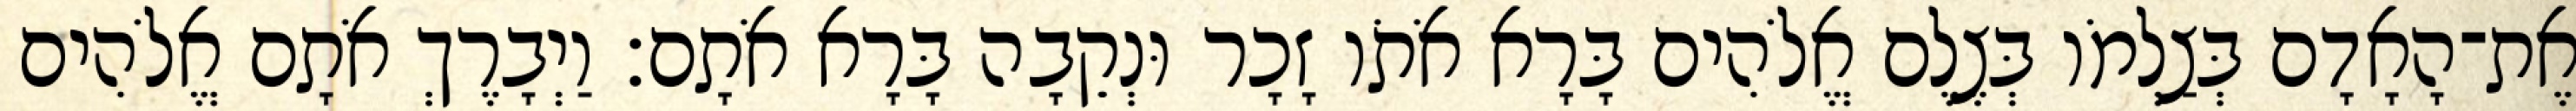
אֶת־הָאָדָם בְּצַלְמֹו בְּצֶלֶם אֱלֹהִים בָּרָא אֹתֹו זָכָר וּנְקֵבָה בָּרָא אֹתָם׃ וַיְבָרֶךְ אֹתָם אֱלֹהִים